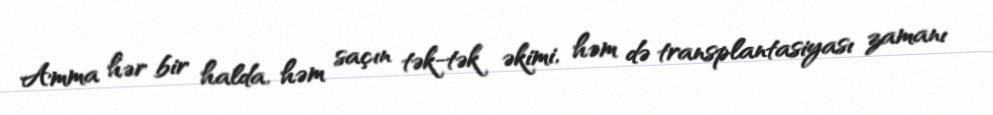
Amma hər bir halda, həm saçın tək-tək əkimi, həm də transplantasiyası zamanı